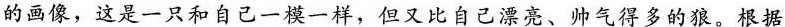
的画像，这是一只和自己一模一样，但又比自己漂亮、帅气得多的狼。根据